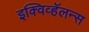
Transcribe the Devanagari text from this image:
इक्विव्हॅलन्स